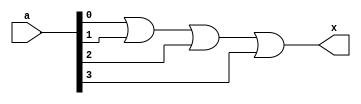
`timescale 1ns/1ns

module or_prim(a,x);

input [3:0] a;
output x;

or U0(x,a[0], a[1], a[2], a[3]);

endmodule